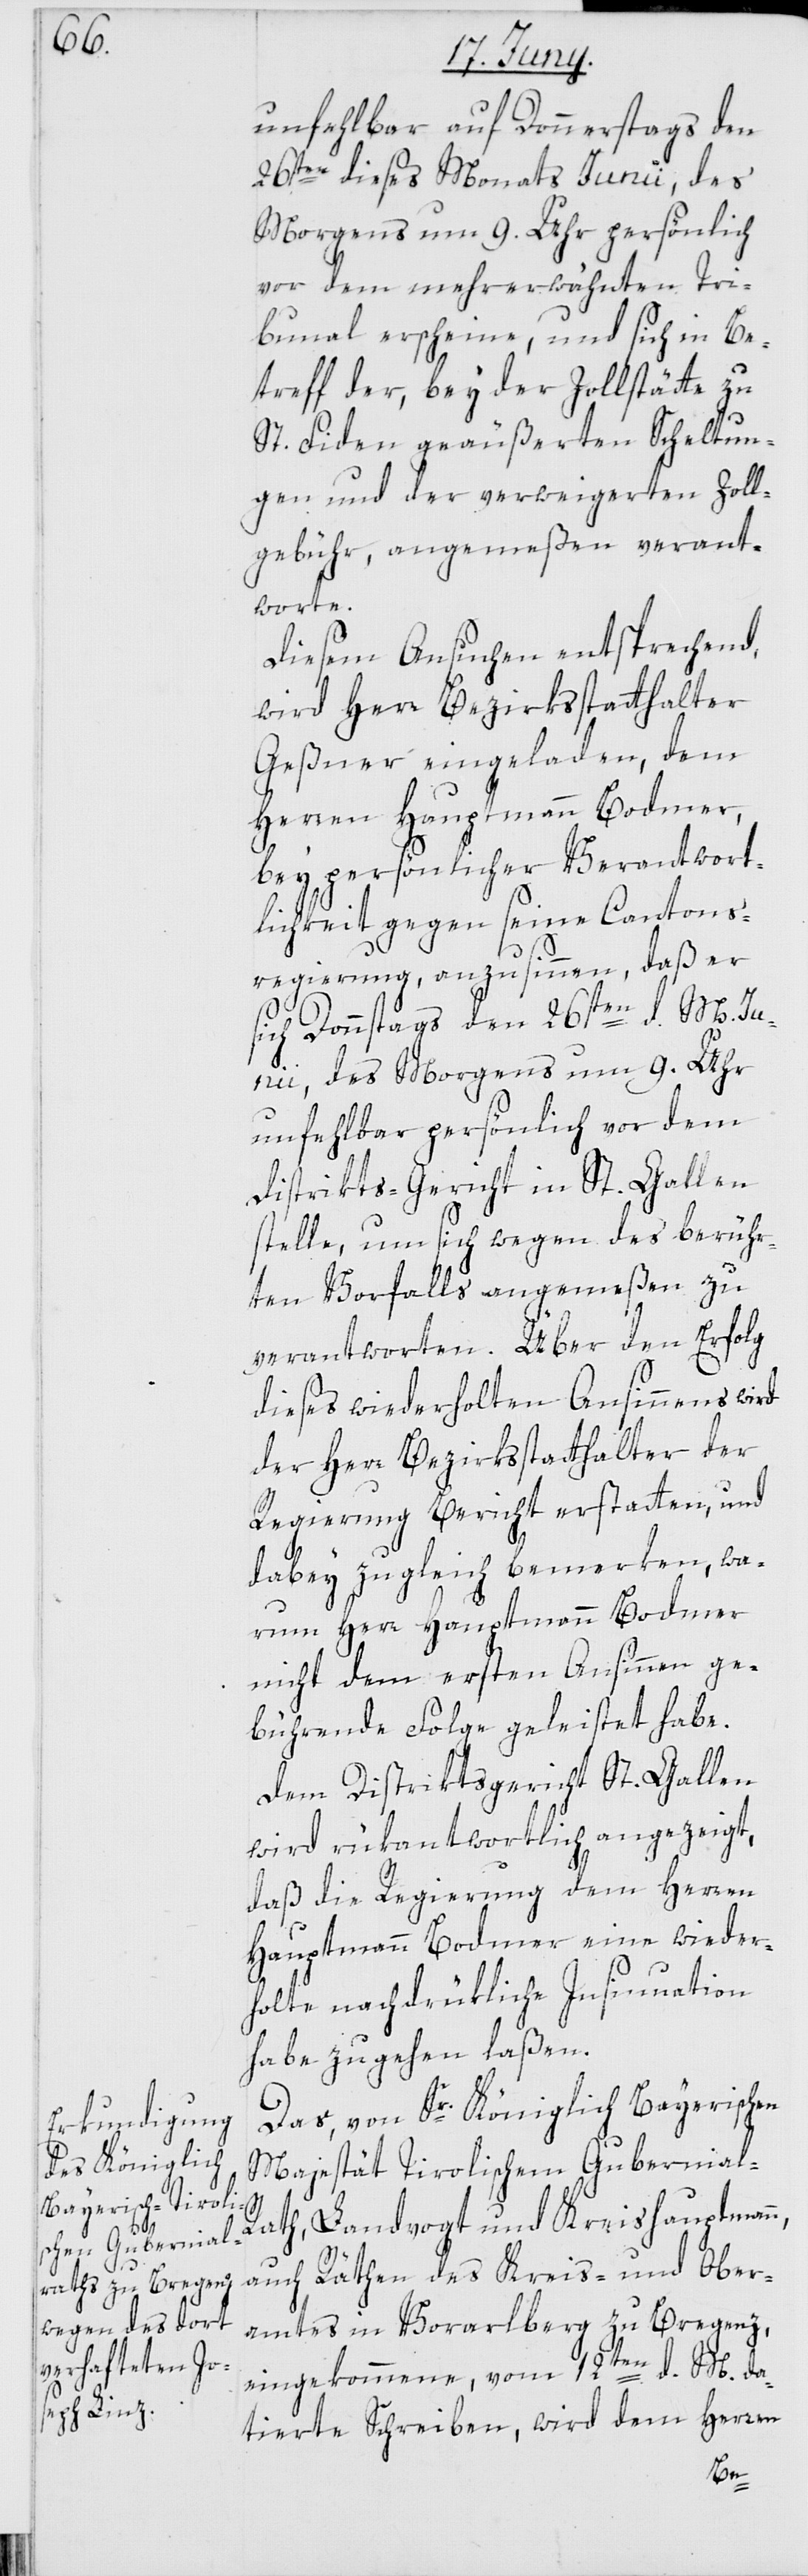
unfehlbar auf Donnerstag den
26sten dieses Monats Junii, des
Morgens um 9. Uhr persönlich
vor dem mehr erwähnten Tri¬
bunal erscheine, und sich in Be¬
treff der, bey der Zollstätte zu
St. Fiden geäußerten Scheltun¬
gen und der verweigerten Zoll¬
gebühr, angemeßen verant¬
worte.
Diesem Ansuchen entsprechend,
wird Herr Bezirksstatthalter
Geßner eingeladen, dem
Herren Kaufmann Bodmer,
bey persönlicher Verantwort¬
lichkeit gegen seine Cantons¬
regierung, anzusinnen, daß er
sich Donnstags den 26sten d. M J¬
unii, des Morgens um 9. Uhr
unfehlbar persönlich vor dem
Distrikts-Gericht in St. Gallen
stelle, um sich wegen des berühr¬
ten Vorfalls angemeßen zu
verantworten. Über den Erfolg
dieses wiederholten Ansinnens wird
der Herr Bezirksstatthalter der
Regierung Bericht erstatten, und
dabey zugleich bemerken, wa¬
rum Herr Hauptmann Bodmer
nicht dem ersten Ansinnen ge¬
bührende Folge geleistet habe.
Dem Distriktsgericht St. Gallen
wird rükantwortlich angezeigt,
daß die Regierung dem Herren
Hauptmann Bodmer eine wieder¬
holte nachdrükliche Insinuation
habe zugehen laßen.
Das, von Sr. Königlich Bayerischen
Majestät Tirolischem Gubernial-R¬
ath, Landvogt und Kreishauptman¬
n,
auch Räthen des Kreis- und Ober¬
amtes in Vorarlberg zu Bregenz,
eingekommene, vom 12ten d. M da¬
tierte Schreiben, wird dem Herren